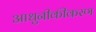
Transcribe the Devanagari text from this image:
आधुनीकीकरण